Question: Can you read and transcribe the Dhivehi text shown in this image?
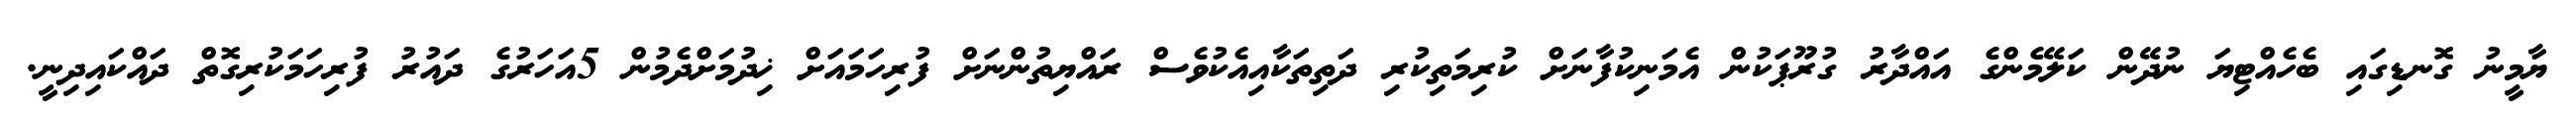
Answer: ޔާމީނު ގޮނޑިގައި ބެހެއްޓިޔަ ނުދޭން ކަލޭމެންގެ އައްދާރު ގުރޫޕަކުން އެމަނިކުފާނަށް ކުރިމަތިކުރި ދަތިތަކާއިއެކުވެސް ރައްޔިތުންނަށް ފުރިހަމައަށް ޚިދުމަށްދެމުން 5އަހަރުގެ ދައުރު ފުރިހަމަކުރިގޮތް ދައްކައިދިނީ.